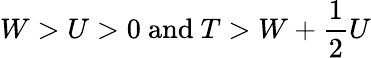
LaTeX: W>U>0\mathrm{~and~}T>W+\frac{1}{2}U